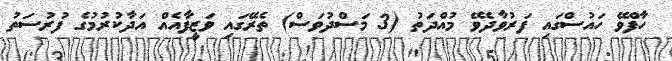
ހާފްވޭ ހައުސްގައި ފަރުވާާދެވޭ މުއްދަތު (3 މަސްދުވަސް) ތެރޭގައި ވަޒީފާއެއް އަދާކުރުމުގެ ފުރުސަތު